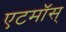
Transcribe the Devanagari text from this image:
एटमॉस्